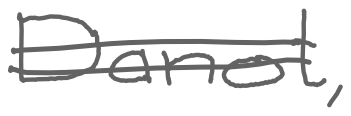
Text: Danot,
Cross-out: double-line
Writing tool: digital_gray